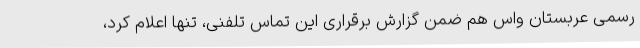
رسمی عربستان واس هم ضمن گزارش برقراری این تماس تلفنی، تنها اعلام کرد،